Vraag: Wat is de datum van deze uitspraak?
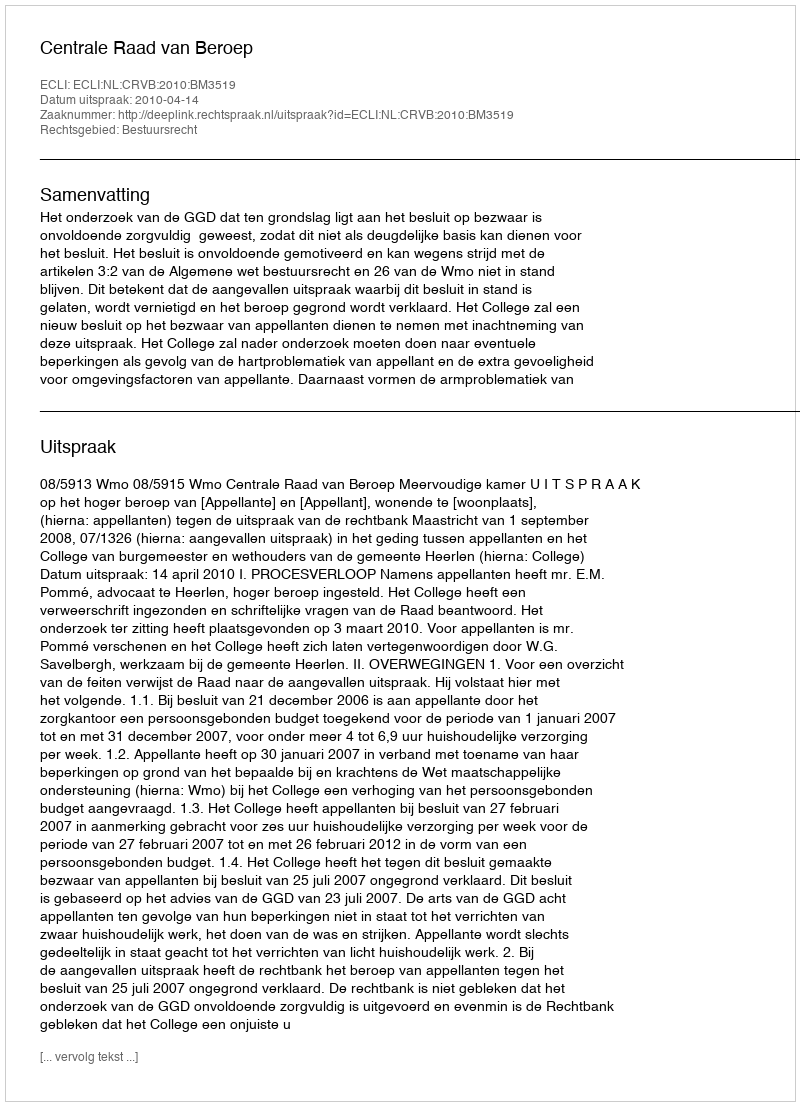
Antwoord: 2010-04-14